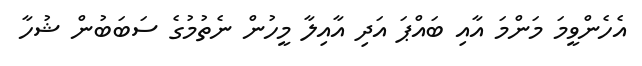
އެހެންވީމަ މަންމަ އާއި ބައްޕަ އަދި އާއިލާ މީހުން ނެތުމުގެ ސަބަބުން ޝުހާ